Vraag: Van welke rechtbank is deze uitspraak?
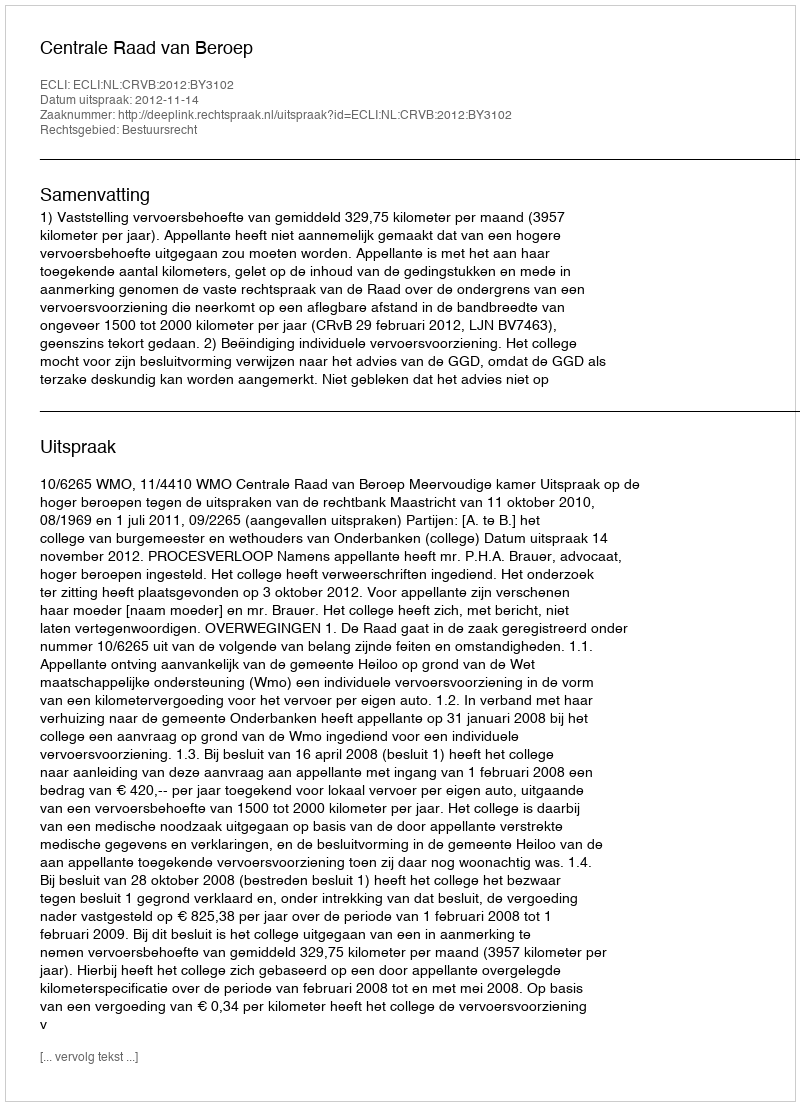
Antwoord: Centrale Raad van Beroep